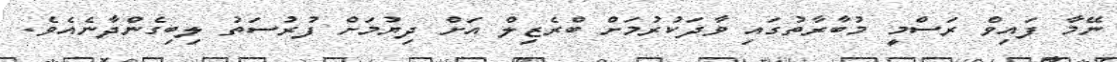
ނޭމާ ފައިވް ރަސްމީ މުބާރާތުގައި ވާދަކުރުމަށް ބްރެޒިލް އަށް ދިޔުމަށް ފުރުސަތު ލިބިގެންދާނެއެވެ.